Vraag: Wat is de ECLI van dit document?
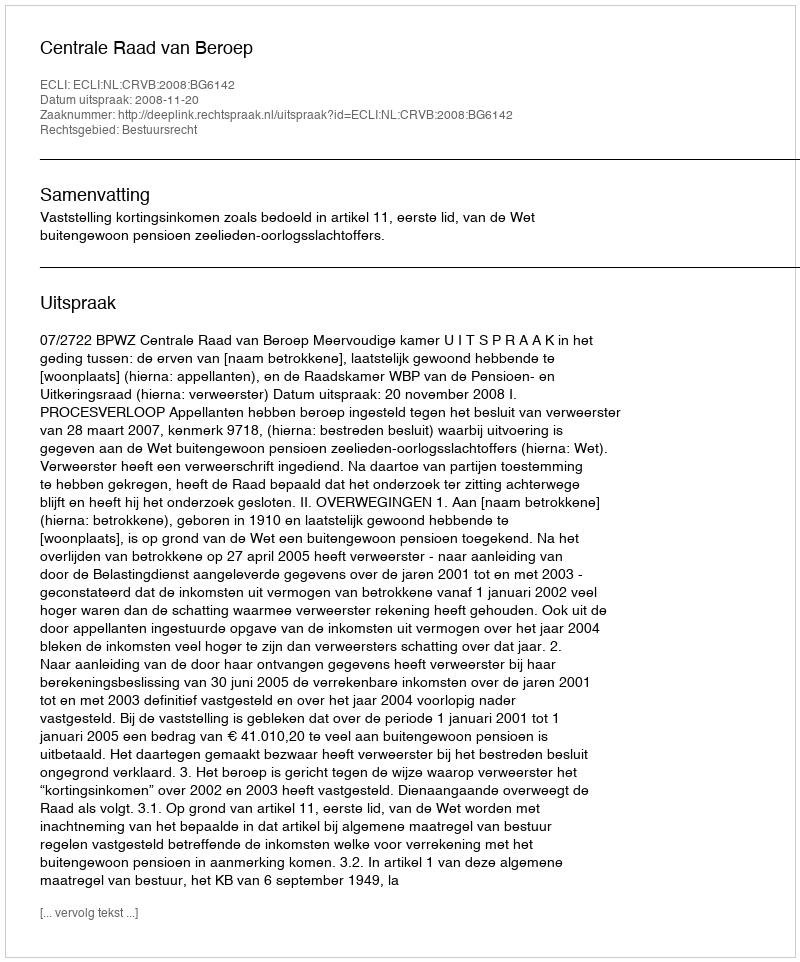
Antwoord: ECLI:NL:CRVB:2008:BG6142